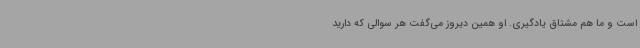
است و ما هم مشتاق یادگیری. او همین دیروز می‌گفت هر سوالی که دارید